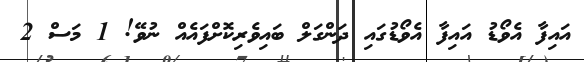
އައިފާ އެވޯޑު އައިފާ އެވޯޑުގައި ދަންގަލް ބައިވެރިކޮށްފައެއް ނުވޭ! 1 މަސް 2